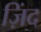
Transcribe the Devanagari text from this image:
ज़िंद